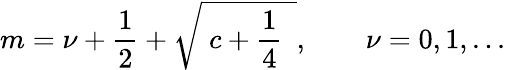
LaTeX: m=\nu+\frac{1}{2}+\sqrt{\ c+\frac{1}{4}\ \ },\qquad\nu=0,1,...